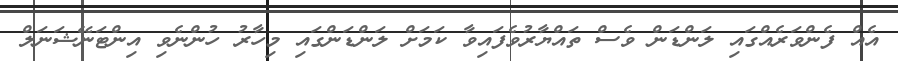
އެއް ފެންވަރެއްގައި ލަންޑަން ވެސް ތައްޔާރުވެފައިވާ ކަމަށް ލަންޑަންގައި މިހާރު ހުންނެވި އިންޓަނޭޝަނަލް